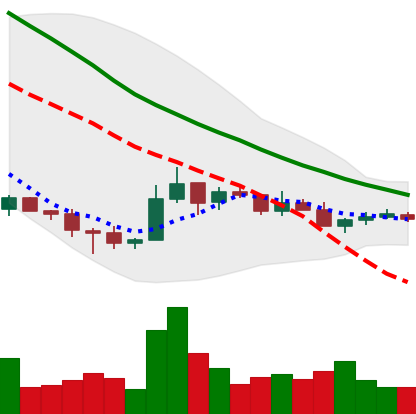
Ticker: TRX-USD
Chart end date: 2018-12-10
Forward return: -4.002%
Label: down_3_5